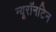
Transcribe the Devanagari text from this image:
न्यूरॉनटिन